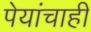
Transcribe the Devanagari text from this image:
पेयांचाही